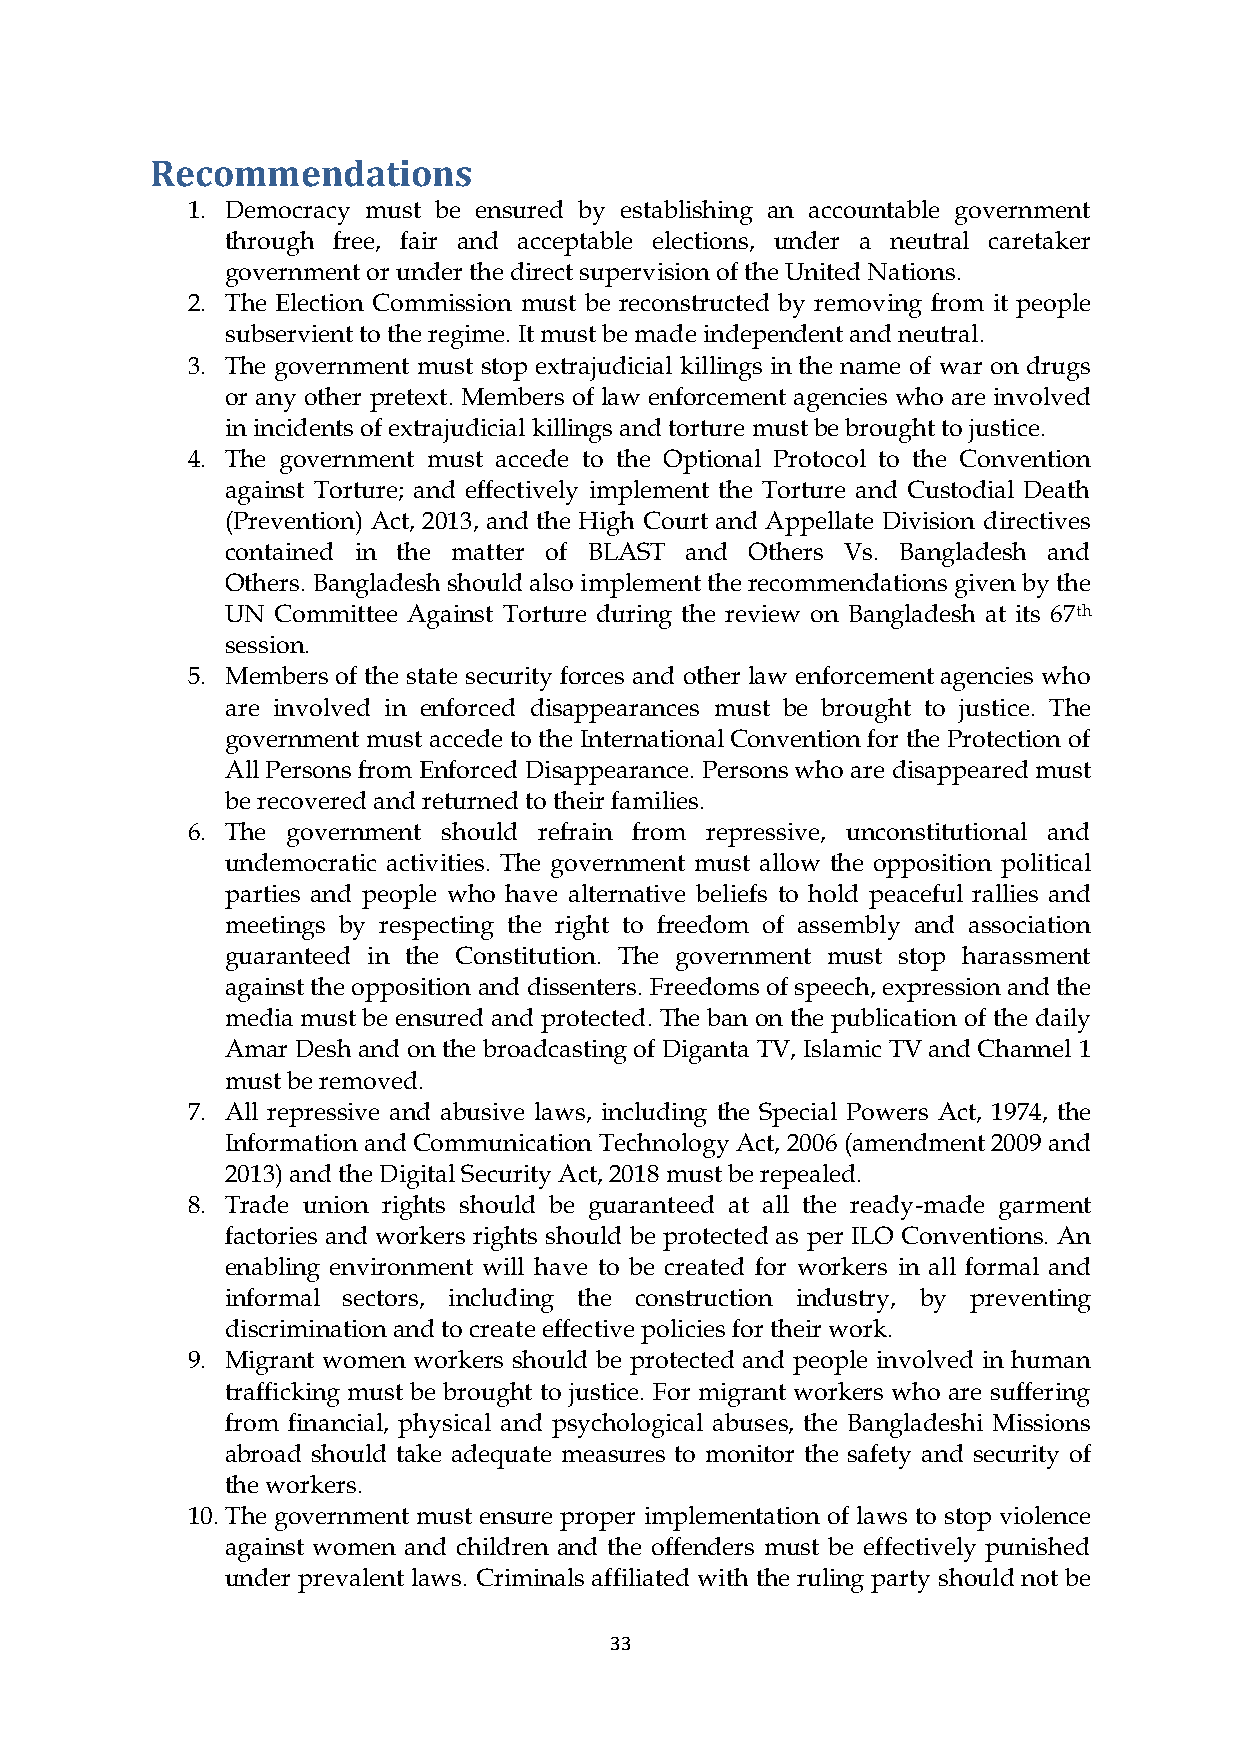
Recommendations
 1. Democracy must be ensured by establishing an accountable government
 through free, fair and acceptable elections, under a neutral caretaker
 government or under the direct supervision of the United Nations.
 2. The Election Commission must be reconstructed by removing from it people
 subservient to the regime. It must be made independent and neutral.
 3. The government must stop extrajudicial killings in the name of war on drugs
 or any other pretext. Members of law enforcement agencies who are involved
 in incidents of extrajudicial killings and torture must be brought to justice.
 4. The government must accede to the Optional Protocol to the Convention
 against Torture; and effectively implement the Torture and Custodial Death
 (Prevention) Act, 2013, and the High Court and Appellate Division directives
 contained in the matter of BLAST and Others Vs. Bangladesh and
 Others. Bangladesh should also implement the recommendations given by the
 UN Committee Against Torture during the review on Bangladesh at its 67th
 session.
 5. Members of the state security forces and other law enforcement agencies who
 are involved in enforced disappearances must be brought to justice. The
 government must accede to the International Convention for the Protection of
 All Persons from Enforced Disappearance. Persons who are disappeared must
 be recovered and returned to their families.
 6. The government should refrain from repressive, unconstitutional and
 undemocratic activities. The government must allow the opposition political
 parties and people who have alternative beliefs to hold peaceful rallies and
 meetings by respecting the right to freedom of assembly and association
 guaranteed in the Constitution. The government must stop harassment
 against the opposition and dissenters. Freedoms of speech, expression and the
 media must be ensured and protected. The ban on the publication of the daily
 Amar Desh and on the broadcasting of Diganta TV, Islamic TV and Channel 1
 must be removed.
 7. All repressive and abusive laws, including the Special Powers Act, 1974, the
 Information and Communication Technology Act, 2006 (amendment 2009 and
 2013) and the Digital Security Act, 2018 must be repealed.
 8. Trade union rights should be guaranteed at all the ready-made garment
 factories and workers rights should be protected as per ILO Conventions. An
 enabling environment will have to be created for workers in all formal and
 informal sectors, including the construction industry, by preventing
 discrimination and to create effective policies for their work.
 9. Migrant women workers should be protected and people involved in human
 trafficking must be brought to justice. For migrant workers who are suffering
 from financial, physical and psychological abuses, the Bangladeshi Missions
 abroad should take adequate measures to monitor the safety and security of
 the workers.
 10. The government must ensure proper implementation of laws to stop violence
 against women and children and the offenders must be effectively punished
 under prevalent laws. Criminals affiliated with the ruling party should not be
 33